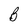
Character: B